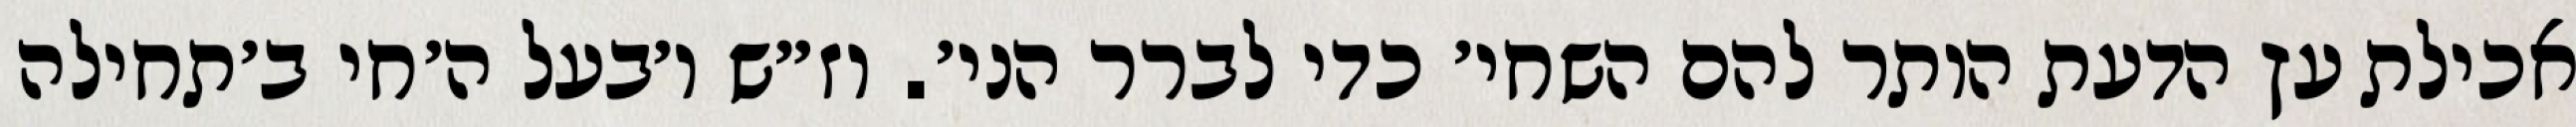
אכילת עץ הדעת הותר להם השחי׳ כדי לברר הני׳. וז״ש ו׳בעל ה׳חי ב׳תחילה